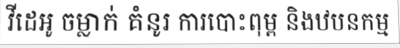
វីដេអូ ចម្លាក់ គំនូរ ការបោះពុម្ព និងឋបនកម្ម